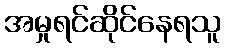
အမှုရင်ဆိုင်နေရသူ